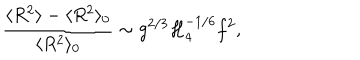
\frac { \langle R ^ { 2 } \rangle - \langle R ^ { 2 } \rangle _ { 0 } } { \langle R ^ { 2 } \rangle _ { 0 } } \sim g ^ { 2 / 3 } { \cal H } _ { 4 } ^ { - 1 / 6 } f ^ { 2 } ,